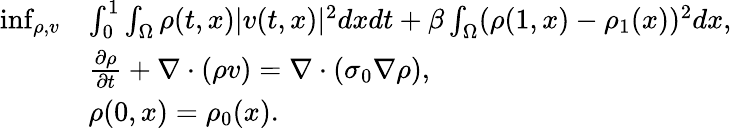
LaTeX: \begin{array}{rl}{\operatorname*{inf}_{\rho,v}}&{\int_{0}^{1}\int_{\Omega}\rho(t,x)|v(t,x)|^{2}dxdt+\beta\int_{\Omega}(\rho(1,x)-\rho_{1}(x))^{2}dx,}\\ &{\frac{\partial\rho}{\partial t}+\nabla\cdot(\rho v)=\nabla\cdot(\sigma_{0}\nabla\rho),}\\ &{\rho(0,x)=\rho_{0}(x).}\end{array}